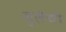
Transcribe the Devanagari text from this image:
जुलैची